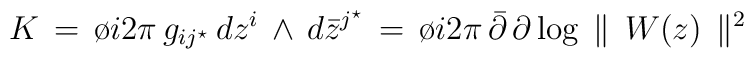
K\, =\, \o{i}{2\pi} \, g_{ij^{\star}} \, dz^{i} \, \wedge \,d{\bar z}^{j^{\star}} \, = \,\o{i}{2\pi} \, {\bar \partial} \,\partial \, \mbox{log} \,\parallel \,W(z) \,\parallel^2